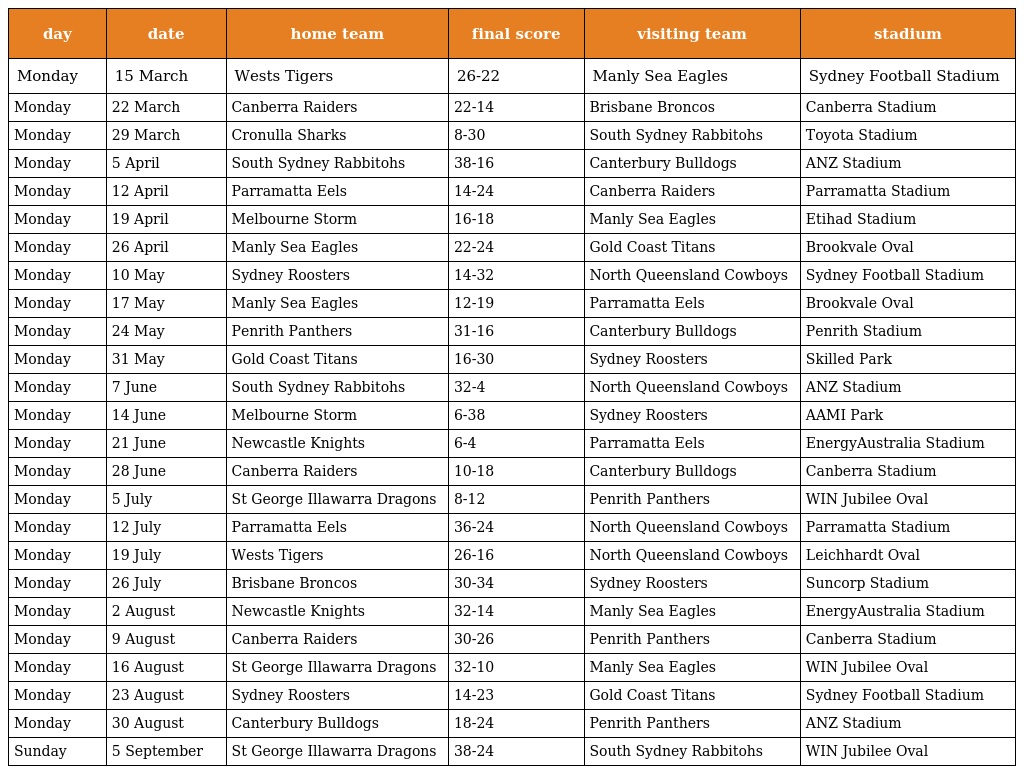
| day | date | home team | final score | visiting team | stadium |
 | --- | --- | --- | --- | --- | --- |
 | Monday | 15 March | Wests Tigers | 26-22 | Manly Sea Eagles | Sydney Football Stadium |
 | Monday | 22 March | Canberra Raiders | 22-14 | Brisbane Broncos | Canberra Stadium |
 | Monday | 29 March | Cronulla Sharks | 8-30 | South Sydney Rabbitohs | Toyota Stadium |
 | Monday | 5 April | South Sydney Rabbitohs | 38-16 | Canterbury Bulldogs | ANZ Stadium |
 | Monday | 12 April | Parramatta Eels | 14-24 | Canberra Raiders | Parramatta Stadium |
 | Monday | 19 April | Melbourne Storm | 16-18 | Manly Sea Eagles | Etihad Stadium |
 | Monday | 26 April | Manly Sea Eagles | 22-24 | Gold Coast Titans | Brookvale Oval |
 | Monday | 10 May | Sydney Roosters | 14-32 | North Queensland Cowboys | Sydney Football Stadium |
 | Monday | 17 May | Manly Sea Eagles | 12-19 | Parramatta Eels | Brookvale Oval |
 | Monday | 24 May | Penrith Panthers | 31-16 | Canterbury Bulldogs | Penrith Stadium |
 | Monday | 31 May | Gold Coast Titans | 16-30 | Sydney Roosters | Skilled Park |
 | Monday | 7 June | South Sydney Rabbitohs | 32-4 | North Queensland Cowboys | ANZ Stadium |
 | Monday | 14 June | Melbourne Storm | 6-38 | Sydney Roosters | AAMI Park |
 | Monday | 21 June | Newcastle Knights | 6-4 | Parramatta Eels | EnergyAustralia Stadium |
 | Monday | 28 June | Canberra Raiders | 10-18 | Canterbury Bulldogs | Canberra Stadium |
 | Monday | 5 July | St George Illawarra Dragons | 8-12 | Penrith Panthers | WIN Jubilee Oval |
 | Monday | 12 July | Parramatta Eels | 36-24 | North Queensland Cowboys | Parramatta Stadium |
 | Monday | 19 July | Wests Tigers | 26-16 | North Queensland Cowboys | Leichhardt Oval |
 | Monday | 26 July | Brisbane Broncos | 30-34 | Sydney Roosters | Suncorp Stadium |
 | Monday | 2 August | Newcastle Knights | 32-14 | Manly Sea Eagles | EnergyAustralia Stadium |
 | Monday | 9 August | Canberra Raiders | 30-26 | Penrith Panthers | Canberra Stadium |
 | Monday | 16 August | St George Illawarra Dragons | 32-10 | Manly Sea Eagles | WIN Jubilee Oval |
 | Monday | 23 August | Sydney Roosters | 14-23 | Gold Coast Titans | Sydney Football Stadium |
 | Monday | 30 August | Canterbury Bulldogs | 18-24 | Penrith Panthers | ANZ Stadium |
 | Sunday | 5 September | St George Illawarra Dragons | 38-24 | South Sydney Rabbitohs | WIN Jubilee Oval |